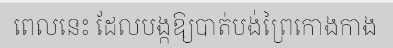
ពេលនេះ ដែលបង្កឱ្យបាត់បង់ព្រៃកោងកាង